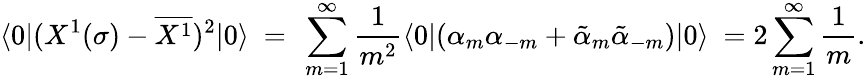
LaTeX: \langle 0|(X^{1}(\sigma)-\overline{{{X^{1}}}})^{2}|0\rangle\ =\ \sum_{m=1}^{\infty}\frac{1}{m^{2}}\langle 0|(\alpha_{m}\alpha_{-m}+\tilde{\alpha}_{m}\tilde{\alpha}_{-m})|0\rangle\ =2\sum_{m=1}^{\infty}\frac{1}{m}.